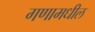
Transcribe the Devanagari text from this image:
गणामधील